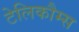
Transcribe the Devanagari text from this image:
टेलिकौम्स